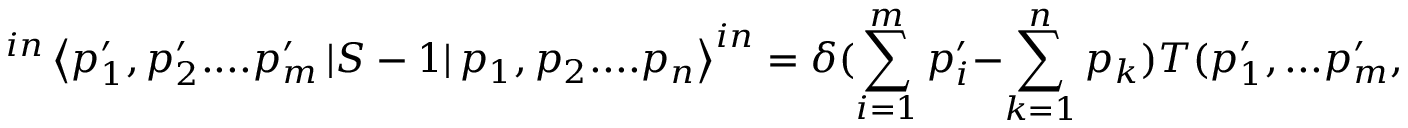
^ { i n } \left\langle p _ { 1 } ^ { \prime } , p _ { 2 } ^ { \prime } . . . . p _ { m } ^ { \prime } \left| S - 1 \right| p _ { 1 } , p _ { 2 } . . . . p _ { n } \right\rangle ^ { i n } = \delta ( \sum _ { i = 1 } ^ { m } p _ { i } ^ { \prime } - \sum _ { k = 1 } ^ { n } p _ { k } ) T ( p _ { 1 } ^ { \prime } , . . . p _ { m } ^ { \prime } , p _ { 1 } , . . . p _ { n } )